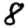
Digit: 8